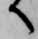
へ